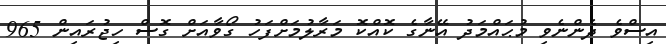
އިސްވެ ދެންނެވި މުޙައްމަދު އޭނާގެ ކޮއްކޮ މަރާލުމަށްފަހު ގޯވާއަށް ގޮސް ހިޖުރައިން 965